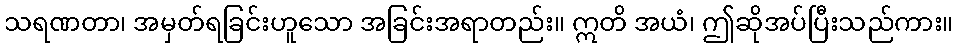
သရဏတာ၊ အမှတ်ရခြင်းဟူသော အခြင်းအရာတည်း။ ဣတိ အယံ၊ ဤဆိုအပ်ပြီးသည်ကား။